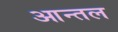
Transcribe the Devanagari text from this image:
आन्तल